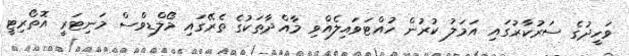
ވަހީދުގެ ސަރުކާރުގައި އަމަލު ކުރުން ހުއްޓަވައިލެއްވި މާއްދާތަކުގެ ތެރޭގައި މޯލްޑިވްސް މަނިޓަރީ އޮތޯރިޓީ